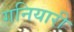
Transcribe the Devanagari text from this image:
गनियारी